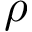
\rho